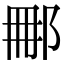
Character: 𨚿